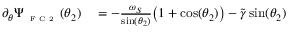
\begin{array} { r l } { \partial _ { \theta } \Psi _ { \textnormal { \tiny { F C 2 } } } ( \theta _ { 2 } ) } & { { } = - \frac { \omega _ { S } } { \sin ( \theta _ { 2 } ) } \big ( 1 + \cos ( \theta _ { 2 } ) \big ) - \widetilde { \gamma } \sin ( \theta _ { 2 } ) } \end{array}